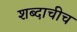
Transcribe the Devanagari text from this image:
शब्दाचीच